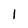
Character: 1